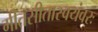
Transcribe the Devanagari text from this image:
गीतसीतास्वयंवरः